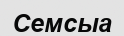
Семсыа